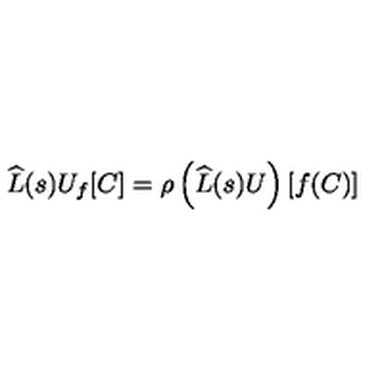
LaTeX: \widehat { { L } } ( s ) U _ { f } [ C ] = \rho \left( \widehat { { L } } ( s ) U \right) [ f ( C ) ]